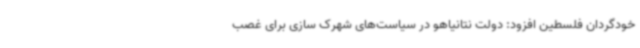
خودگردان فلسطین افزود: دولت نتانیاهو در سیاست‌های شهرک سازی برای غصب